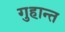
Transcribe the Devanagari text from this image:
गुहान्त